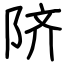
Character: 𬯀